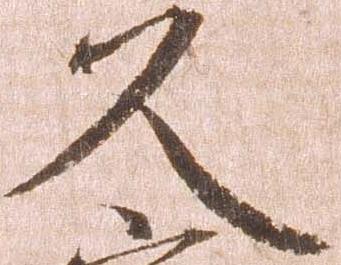
久